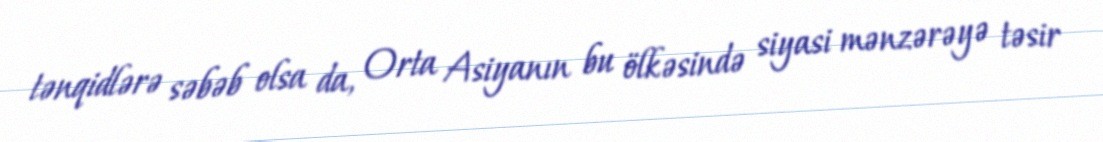
tənqidlərə səbəb olsa da, Orta Asiyanın bu ölkəsində siyasi mənzərəyə təsir